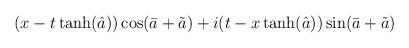
LaTeX: \begin{align*}(x-t \tanh (\hat a))\cos (\bar a+ \tilde a) +i (t-x \tanh (\hat a))\sin (\bar a + \tilde a)\end{align*}